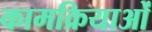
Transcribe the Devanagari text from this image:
कामक्रियाओं